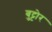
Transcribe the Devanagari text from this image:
बुट्टोर